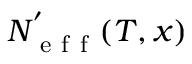
N _ { \mathrm { ~ e ~ f ~ f ~ } } ^ { ' } ( T , x )